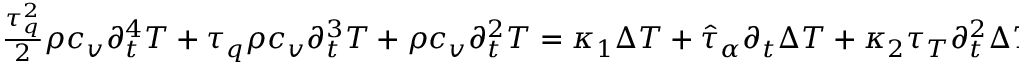
\begin{array} { r } { \frac { \tau _ { q } ^ { 2 } } { 2 } \rho c _ { v } \partial _ { t } ^ { 4 } T + \tau _ { q } \rho c _ { v } \partial _ { t } ^ { 3 } T + \rho c _ { v } \partial _ { t } ^ { 2 } T = \kappa _ { 1 } \Delta T + \hat { \tau } _ { \alpha } \partial _ { t } \Delta T + \kappa _ { 2 } \tau _ { T } \partial _ { t } ^ { 2 } \Delta T , } \end{array}